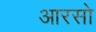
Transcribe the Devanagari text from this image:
आरसो